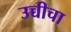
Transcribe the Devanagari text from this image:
उच्चीचा